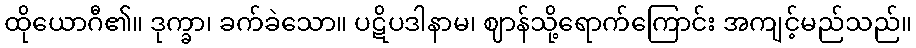
ထိုယောဂီ၏။ ဒုက္ခာ၊ ခက်ခဲသော။ ပဋိပဒါနာမ၊ ဈာန်သို့ရောက်ကြောင်း အကျင့်မည်သည်။